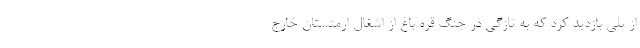
از پلی بازدید کرد که به تازگی در جنگ قره باغ از اشغال ارمنستان خارج